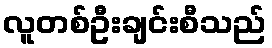
လူတစ်ဦးချင်းစီသည်